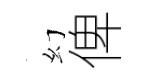
幻俾